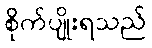
စိုက်ပျိုးရသည်